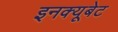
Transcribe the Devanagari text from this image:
इनक्यूबेट